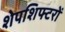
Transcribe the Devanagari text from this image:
शेपशिफ्टरों